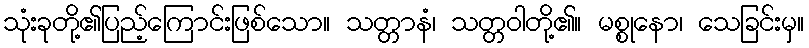
သုံးခုတို့၏ပြည့်ကြောင်းဖြစ်သော။ သတ္တာနံ၊ သတ္တဝါတို့၏။ မစ္စုနော၊ သေခြင်းမှ။